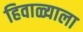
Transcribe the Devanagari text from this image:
हिवाळ्याला